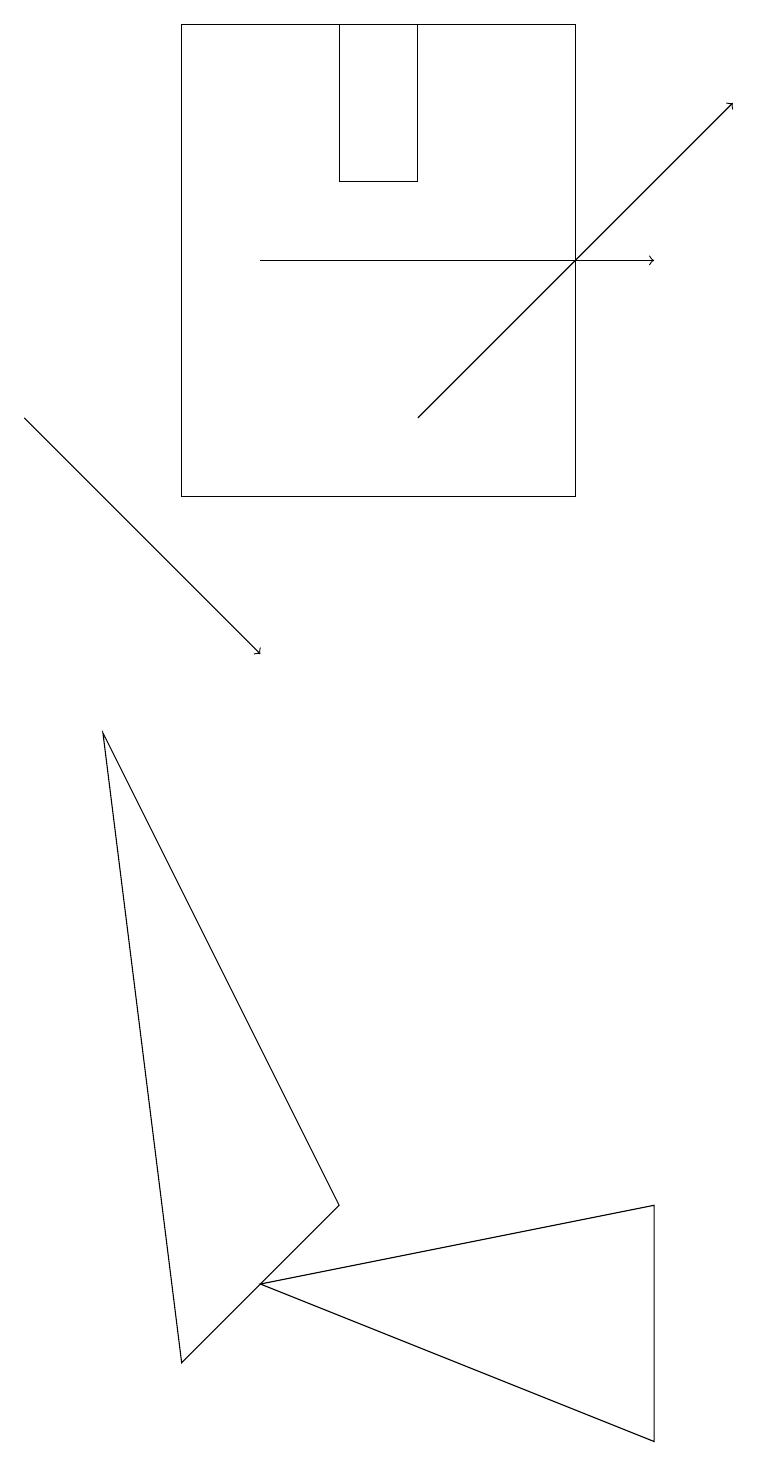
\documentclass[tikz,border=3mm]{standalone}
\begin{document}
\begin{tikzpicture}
\draw[->] (5,13) -- (9,17);
\draw (8,0) -- (8,3) -- (3,2) -- cycle;
\draw[->] (3,15) -- (8,15);
\draw[->] (0,13) -- (3,10);
\draw (2,18) rectangle (7,12);
\draw (2,1) -- (1,9) -- (4,3) -- cycle;
\draw (5,18) rectangle (4,16);
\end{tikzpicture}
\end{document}